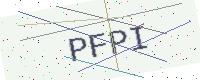
Text: PFPI